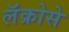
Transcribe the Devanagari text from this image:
लॅक्रोसे